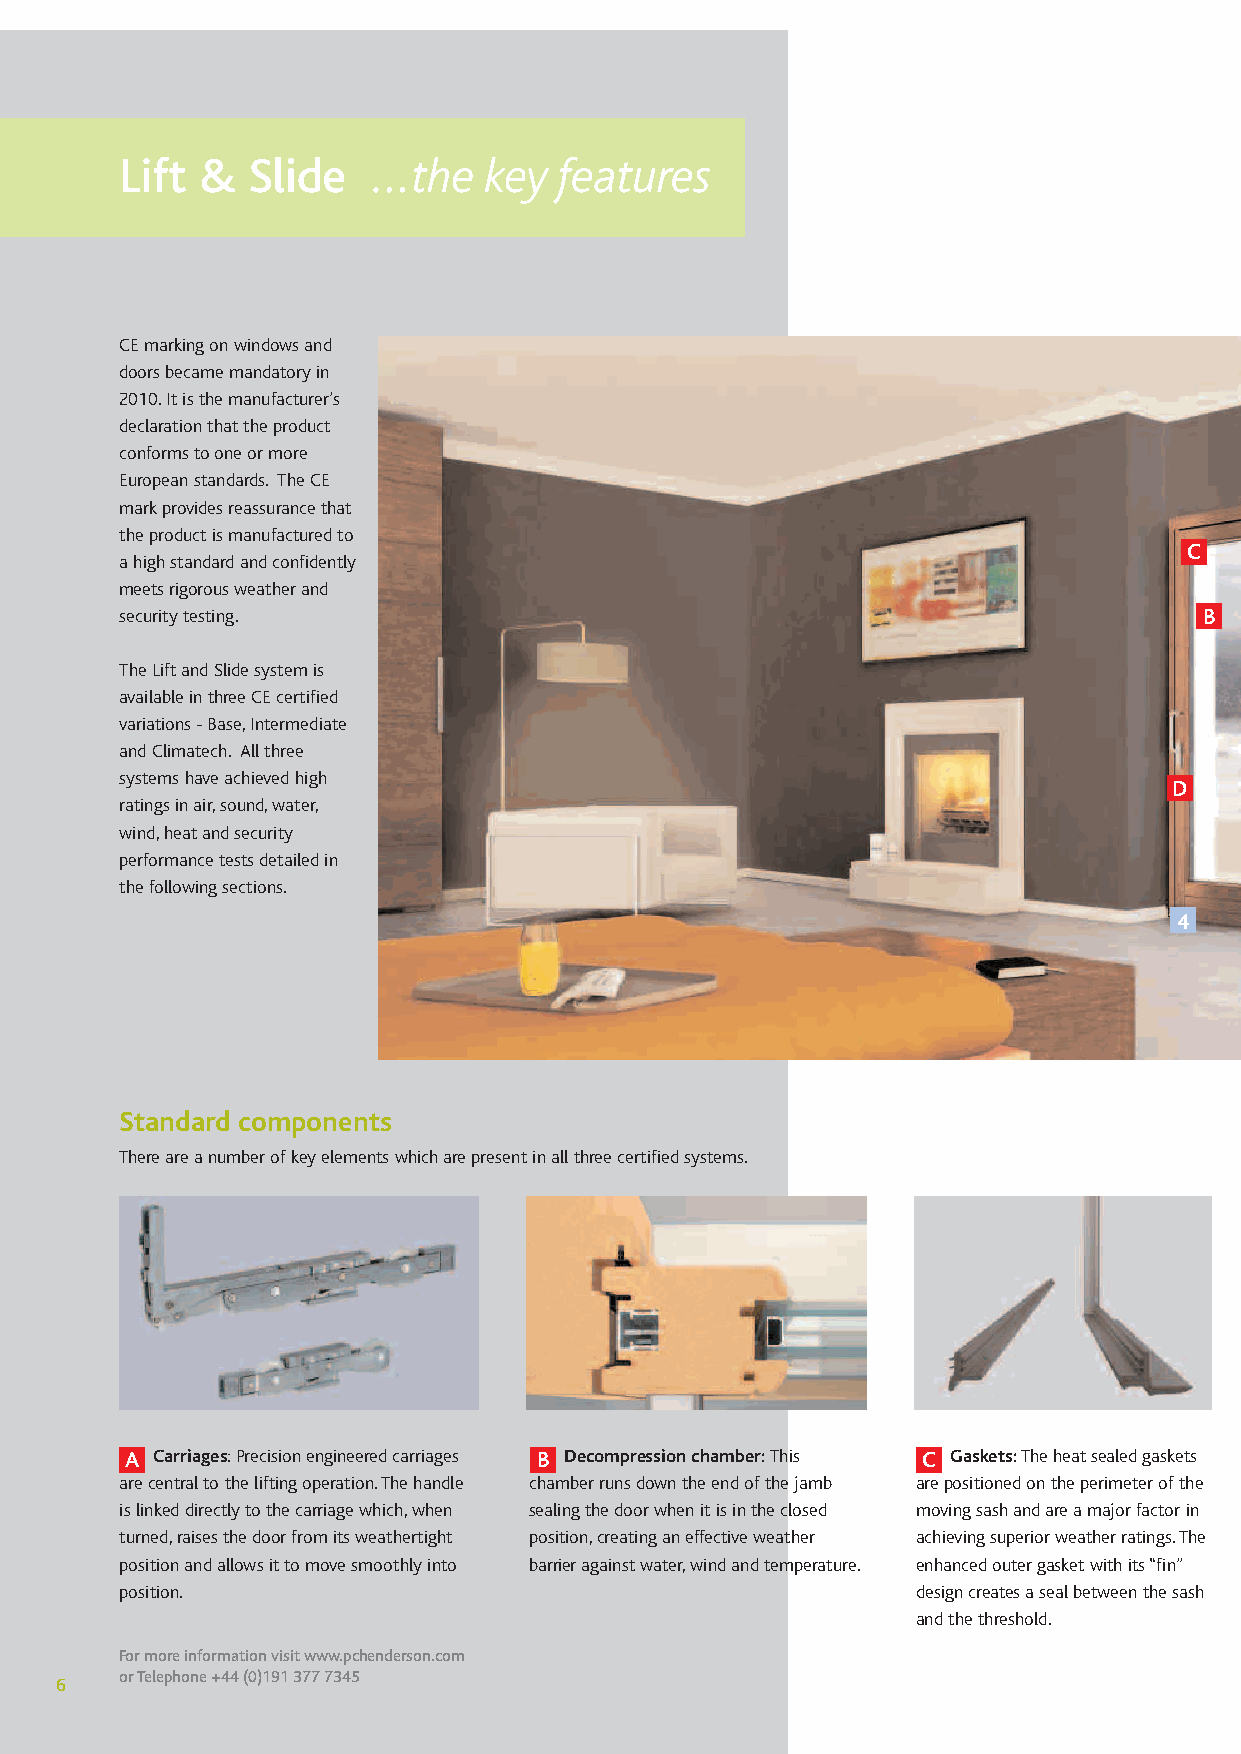
Lift &  Slide    ...the key  features
 CEmarking on windows and
 doors became mandatory in
 2010.It is the manufacturer’s
 declaration that the product
 conforms to one or more
 European standards. The CE
 mark provides reassurance that
 the product is manufactured to
 C
 ahigh standard and confidently
 meets rigorous weather and
 security testing.                                                       B
 The Lift and Slide system is
 available in three CE certified
 variations - Base,Intermediate
 and Climatech. All three
 systems have achieved high
 D
 ratings in air,sound,water,
 wind,heat and security
 performance tests detailed in
 the following sections.
 4
 Standard components
 There are a number of key elements which are present in all three certified systems.
 A Carriages:Precision engineered carriages B Decompression chamber:This C Gaskets:The heat sealed gaskets
 arecentral to the lifting operation.The handle chamber runs down the end of the jamb arepositioned on the perimeter of the
 is linked directly to the carriage which,when sealing the door when it is in the closed moving sash and are a major factor in
 turned,raises the door from its weathertight position,creating an effective weather achieving superior weather ratings.The
 position and allows it to move smoothly into barrier against water,wind and temperature. enhanced outer gasket with its “fin”
 position.                                            design creates a seal between the sash
 and the threshold.
 For more information visit www.pchenderson.com
 or Telephone +44 (0)191 377 7345
 6